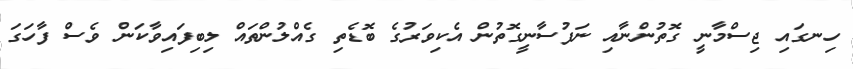
ހިނގައި ޖިސްމާނީ ގޮތުންނާއި ނަފުސާނީގޮތުން އެކިވަރުގެ ބޮޑެތި ގެއްލުންތައް ލިބިފައިވާކަން ވެސް ފާހަގަ